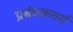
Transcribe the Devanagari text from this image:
प्रबंधकवर्ग